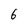
Character: 6